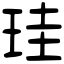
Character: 珪